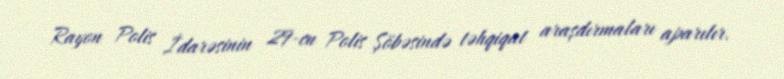
Rayon Polis İdarəsinin 29-cu Polis Şöbəsində təhqiqat araşdırmaları aparılır.